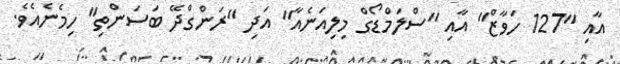
އާއި "127 ހަވާޒް" އާއި "ސްލަމްޑޯގް މިލިއަނެއާ" އަދި "ރަންގްދޭ ބަސަންތި" ހިމެނެއެވެ.